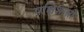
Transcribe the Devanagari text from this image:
पक्षिशास्त्री